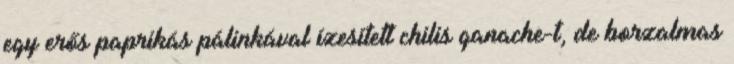
egy erős paprikás pálinkával ízesített chilis ganache-t, de borzalmas